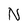
Character: N